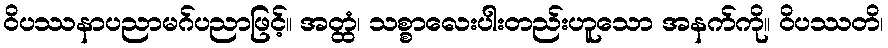
ဝိပဿနာပညာမဂ်ပညာဖြင့်။ အတ္ထံ၊ သစ္စာလေးပါးတည်းဟူသော အနက်ကို။ ဝိပဿတိ၊